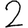
Digit: 2